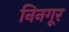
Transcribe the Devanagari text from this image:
निनगूर